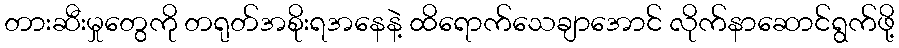
တားဆီးမှုတွေကို တရုတ်အစိုးရအနေနဲ့ ထိရောက်သေချာအောင် လိုက်နာဆောင်ရွက်ဖို့